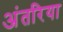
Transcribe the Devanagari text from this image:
अंतरिया